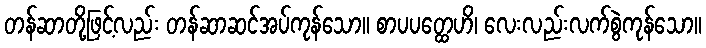
တန်ဆာတို့ဖြင့်လည်း တန်ဆာဆင်အပ်ကုန်သော။ စာပပတ္ထေဟိ၊ လေးလည်းလက်စွဲကုန်သော။